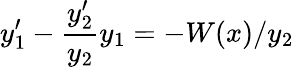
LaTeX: y_{1}^{\prime}-{\frac{y_{2}^{\prime}}{y_{2}}}y_{1}=-W(x)/y_{2}